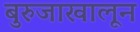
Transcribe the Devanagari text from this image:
बुरुजाखालून